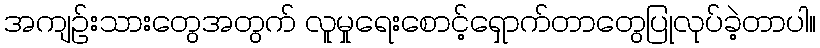
အကျဉ်းသားတွေအတွက် လူမှုရေးစောင့်ရှောက်တာတွေပြုလုပ်ခဲ့တာပါ။